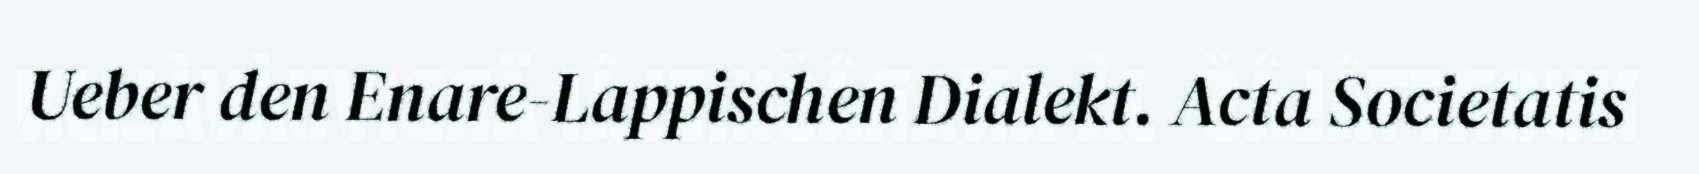
Ueber den Enare-Lappischen Dialekt. Acta Societatis